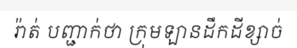
រ៉ាត់ បញ្ជាក់ថា ក្រុមឡានដឹកដីខ្សាច់